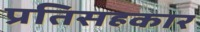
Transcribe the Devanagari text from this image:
प्रतिसहकार